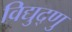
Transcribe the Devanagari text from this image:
विद्युद्णु